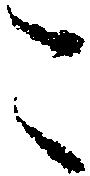
こ